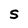
Character: S